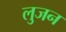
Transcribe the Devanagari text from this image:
लुजन